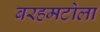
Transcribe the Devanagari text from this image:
बरहमटोला